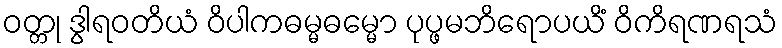
ဝတ္တု ဒွါရဝတိယံ ဝိပါကဓမ္မဓမ္မော ပုပ္ဖမဘိရောပယိံ ဝိကိရဏရသံ